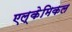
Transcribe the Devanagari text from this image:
एल्केमिकल